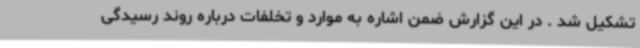
تشکیل شد . در این گزارش ضمن اشاره به موارد و تخلفات درباره روند رسیدگی